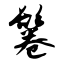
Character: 鬈